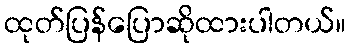
ထုတ်ပြန်ပြောဆိုထားပါတယ်။